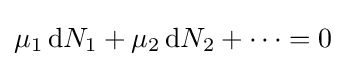
\mu _{1}\,\mathrm {d} N_{1}+\mu _{2}\,\mathrm {d} N_{2}+\dots =0